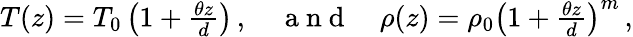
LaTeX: \begin{array}{r}{T(z)=T_{0}\left(1+\frac{\theta z}{d}\right)\, ,\quad\mathrm{~a~n~d~}\quad\rho(z)=\rho_{0}\left(1+\frac{\theta z}{d}\right)^{m}\, ,}\end{array}